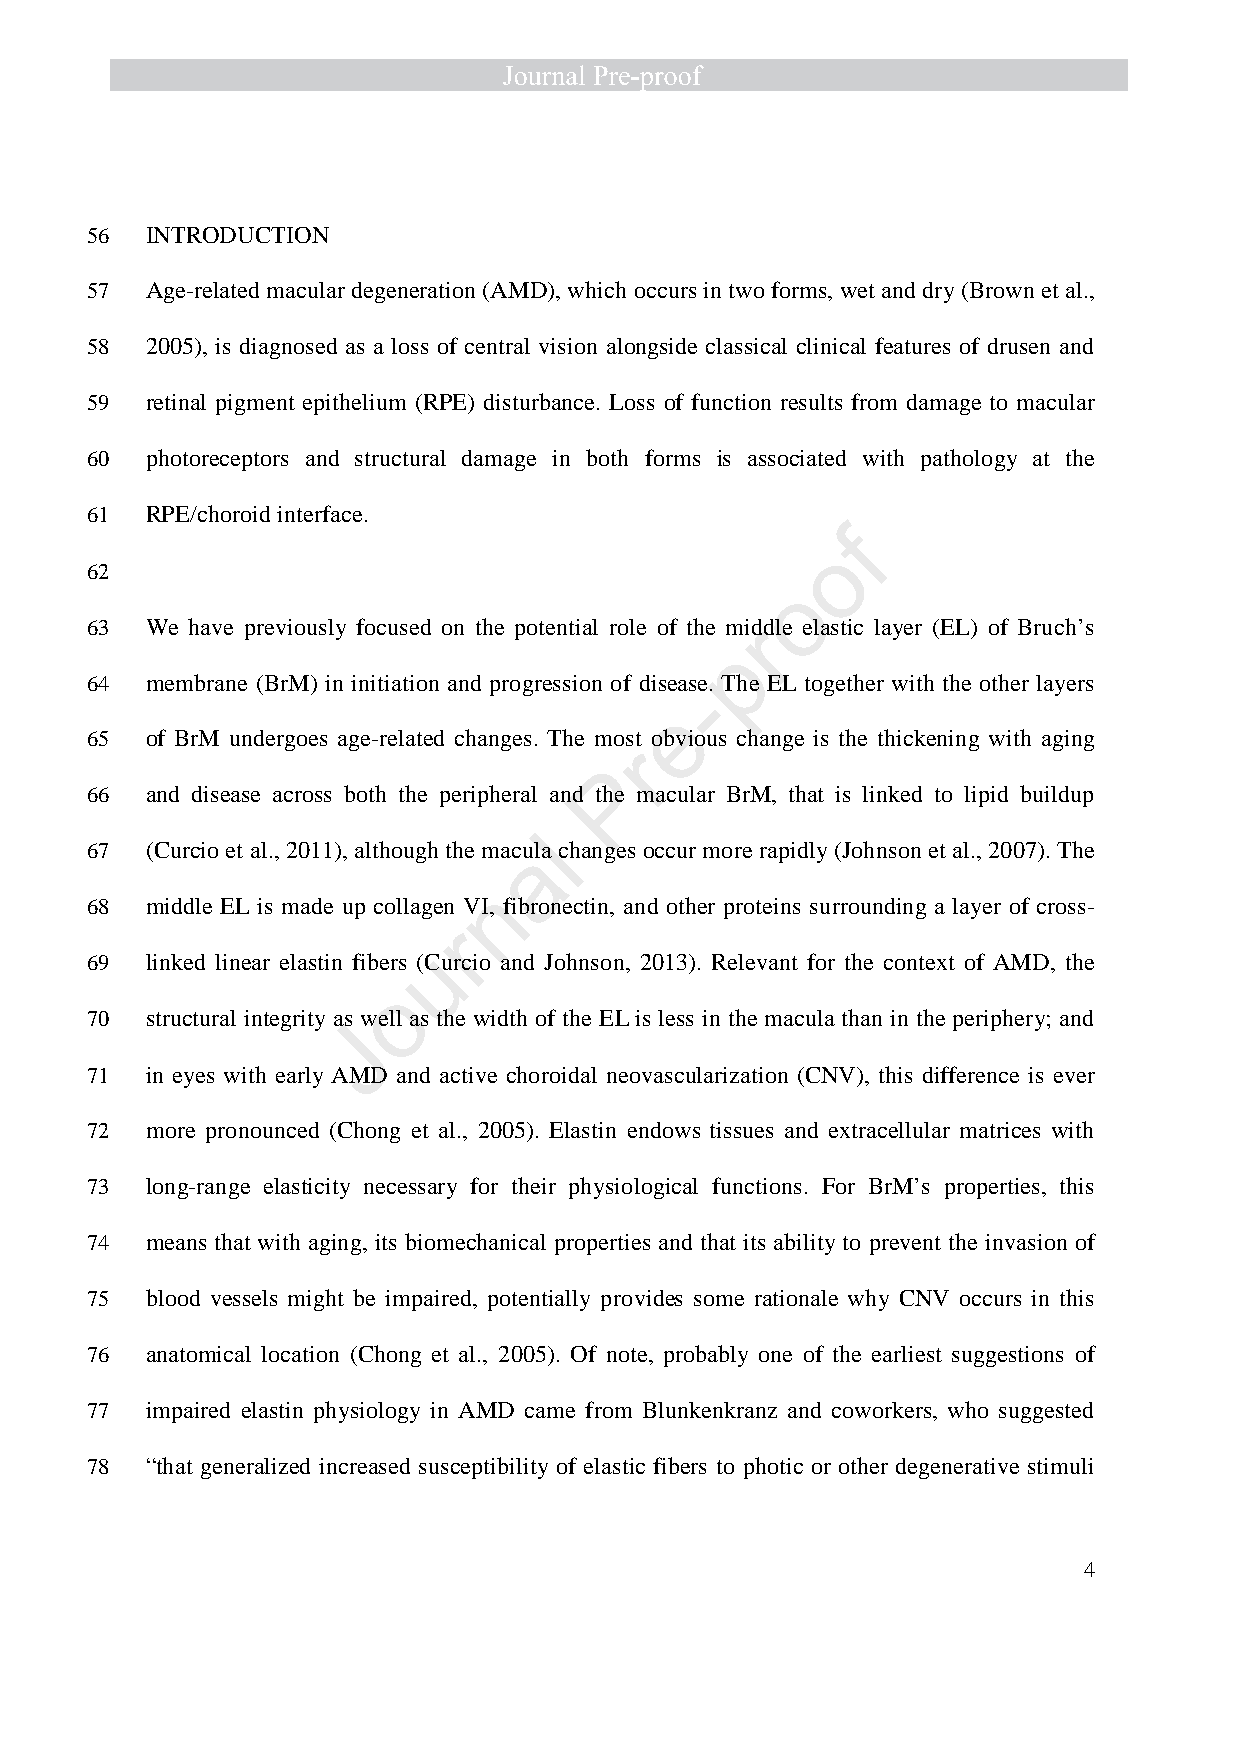
56  INTRODUCTION
 57  Age-related macular degeneration (AMD), which occurs in two forms, wet and dry (Brown et al.,
 58  2005), is diagnosed as a loss of central vision alongside classical clinical features of drusen and
 59  retinal pigment epithelium (RPE) disturbance. Loss of function results from damage to macular
 60  photoreceptors and structural damage in both forms is associated with pathology at the
 61  RPE/choroid interface.
 f
 o
 62
 o
 63  We have previously focused on the potential role of the midrdle elastic layer (EL) of Bruch’s
 p
 64  membrane (BrM) in initiation and progression of disease. The EL together with the other layers
 -
 e
 65  of BrM undergoes age-related changes. The most obvious change is the thickening with aging
 r
 P
 66  and disease across both the peripheral and the macular BrM, that is linked to lipid buildup
 l
 67  (Curcio et al., 2011), although the macu ala changes occur more rapidly (Johnson et al., 2007). The
 n
 68  middle EL is made up collagen VI, fibronectin, and other proteins surrounding a layer of cross-
 r
 u
 69  linked linear elastin fibers (Curcio and Johnson, 2013). Relevant for the context of AMD, the
 o
 70  structural integrity as well as the width of the EL is less in the macula than in the periphery; and
 J
 71  in eyes with early AMD and active choroidal neovascularization (CNV), this difference is ever
 72  more pronounced (Chong et al., 2005). Elastin endows tissues and extracellular matrices with
 73  long-range elasticity necessary for their physiological functions. For BrM’s properties, this
 74  means that with aging, its biomechanical properties and that its ability to prevent the invasion of
 75  blood vessels might be impaired, potentially provides some rationale why CNV occurs in this
 76  anatomical location (Chong et al., 2005). Of note, probably one of the earliest suggestions of
 77  impaired elastin physiology in AMD came from Blunkenkranz and coworkers, who suggested
 78  “that generalized increased susceptibility of elastic fibers to photic or other degenerative stimuli
 4